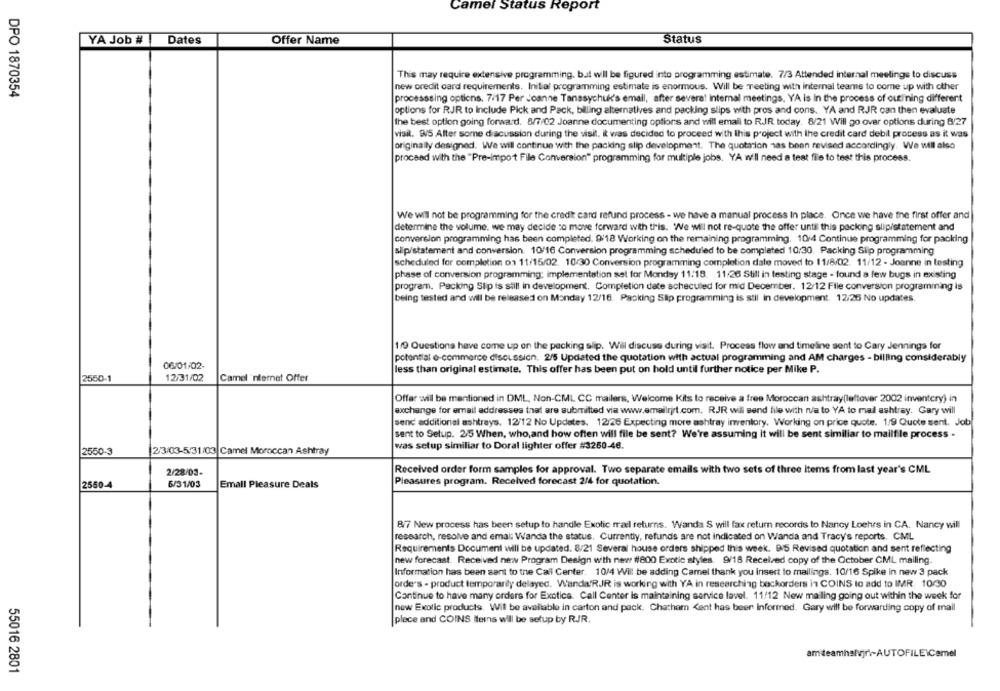
Camel Status Report
YA Job #
Dates
Offer Name
Status
This may require extensive programming. bal will be figured into programming estimate. 7/3 Attended internal meetings to discuss
new credit card requirements, Initial programming estimate is enormous. Will be meeting with internal teams to come up with other
DPO 1870354
processsing options. 7/17 Per Joanne Tanasychuk's email, after several internal meetings, YA is in the process of outining different
options for RJR to Include Pick and Pack, billing alternatives and packing slips with pros and cons. YA and RJR can then evaluate
the best option going forward. 8/7/02 Joanne documenting options and will email to RJR today. 8/21 Will go over options during 8/27
visit. 9/5 After some discussion during the visit. it was decided to proceed with this project with the credit card debit process as it was
originally designed. We will continue with the packing slip development. The quotarion has been revised accordingly. We will also
proceed with the "Pre-impo't File Conversion" programming for multiple jobs. YA we'll need a test file to test this process.
We will not be programming for the credit card refund process - we have a manual process In place. Once we have the first offer and
determine the volume, we may decide to move forward with this. We will not re-quote the offer until this packing slip/statement and
conversion programming has been completed. 9/18 Working on the remaining programming. 10/4 Continue programming for packing
slip/statement and conversion. 10/16 Conversion programming scheduled to be completed 10:30. Packing Slip programming
scheduled for completion on 11/15/02. 10/30 Conversion programming completion date moved to 11/8/02. 11/12 - Joanne in testing
phase of conversion programming; implementation set for Monday 11:18. 11:26 Still in testing stage - found a few bugs in existing
program. Packing Slip is still in development. Completion date scheculed for mid December. 12/12 File conversion programming is
being tested and will be released on Monday 12/16. Packing Slip programming is stil in development. 12/26 No updates
1/9 Questions have come up on the packing slip. Will discuss during visit. Process flow and timeline sent to Cary Jennings for
potential e-commerce discussion, 2/5 Updated the quotation with actual programming and AM charges - billing considerably
06/01/02-
less than original estimate. This offer has been put on hold until further notice per Mike P.
2550-1
12/31/02
Camel 'nternet Offer
Offar will be mentioned in DML, Non-CML CC mailers, Welcome Kits to receive a free Moroccan ashtray(leftover 2002 inventery) in
exchange for email addresses that are submitted via www.emailriet.com. RJR will send file with na to YA to mal ashtray. Gary will
send additional ashtrays. 12/12 No Updates. 12/26 Expecting more ashtray inventory. Working on price quote. 1/9 Quote sent. Job
sent to Setup. 2/5 When, who,and how often will file be sent? We're assuming it will be sent similiar to mailf le process .
was setup similiar to Doral lighter offer #3260-46.
2550-3
2/3/03-5/31/03|Camel Moroccan Ashtray
Received order form samples for approval. Two separate emails with two sets of three Items from last year's CML
2/28/03-
6/31/03
Emall Pleasure Deals
Pleasures program. Received forecast 2/4 for quotation.
2550-4
8/7 New process has been setup to handle Exolic mail returns. Wanda S will fax return records to Nancy Loehrs in CA. Nancy will
research, resolve and emal; Wanda the status. Currently, refunds are not indicated on Wanda and Tracy's reports. CML
Requirements Document will be updated. 8/21 Several house orders shipped this week. 95 Revised quotation and sent reflecting
new forecast. Received new Program Design with new #800 Exotic styles. 9/18 Received copy of the October CML mailing.
Information has been sent to the Call Center. 10/4 Will be adding Camel thank you insert to mailings. 10/16 Spike in new 3 pack
orde's - product temporarily delayed. WandafRJR is working with YA in researching bockorders in COINS to add to IMR. 10/30
Continue to have many orders for Exotics. Call Center is maintaining service lavel. 11/12 New mailing going out within the week for
new Exotic products. Will be available in carton and pack. Chatham <ent has been informed. Gary will be forwarding copy of mail
plece and COINS Items will be setup by RJR.
amiteamhalvjr .- AUTOFILE\Camel
55016 2801